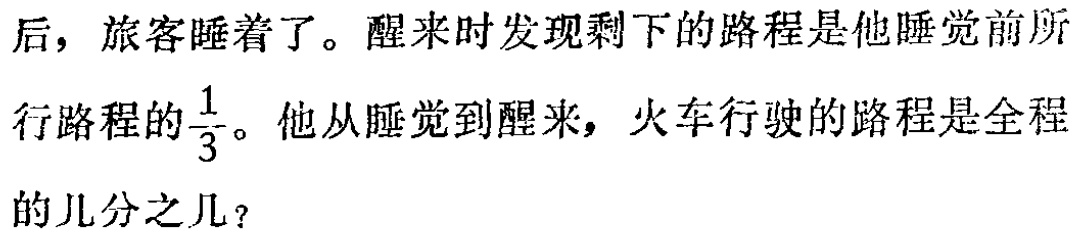
后，旅客睡着了。醒来时发现剩下的路程是他睡觉前所

行路程的$\frac{1}{3}$。他从睡觉到醒来，火车行驶的路程是全程

的几分之几？